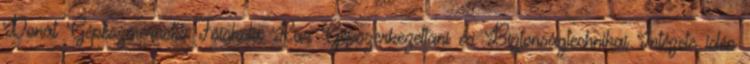
Donát Gépészmérnöki Fõiskola Kar Gépszerkezettani és Biztonságtechnikai Intézete idén